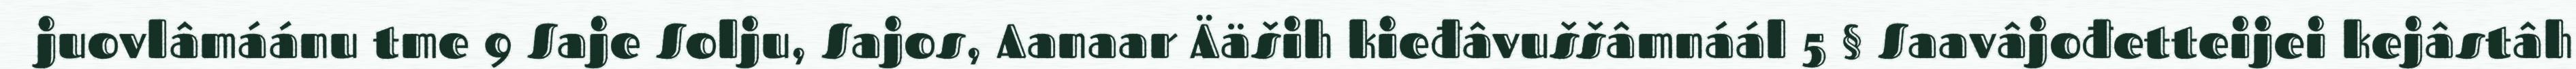
juovlâmáánu tme 9 Saje Solju, Sajos, Aanaar Ääših kieđâvuššâmnáál 5 § Saavâjođetteijei kejâstâh